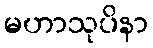
မဟာသုပိနာ